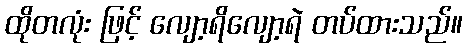
ထိုတလုံး ဖြင့် လျော့ရိလျော့ရဲ တပ်ထားသည်။